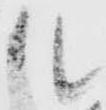
ル